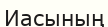
Иасының